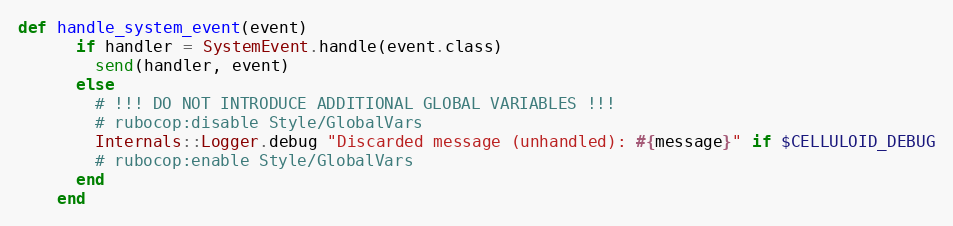
Language: Ruby
def handle_system_event(event)
      if handler = SystemEvent.handle(event.class)
        send(handler, event)
      else
        # !!! DO NOT INTRODUCE ADDITIONAL GLOBAL VARIABLES !!!
        # rubocop:disable Style/GlobalVars
        Internals::Logger.debug "Discarded message (unhandled): #{message}" if $CELLULOID_DEBUG
        # rubocop:enable Style/GlobalVars
      end
    end